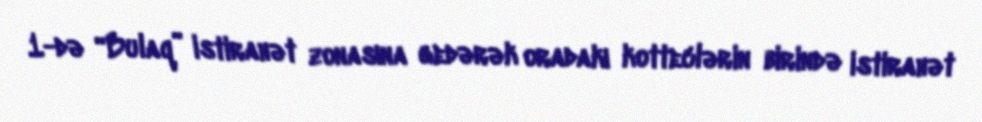
1-də “Bulaq” istirahət zonasına gedərək oradakı kotteclərin birində istirahət